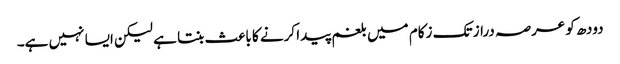
دودھ کو عرصہ دراز تک زکام میں بلغم پیدا کرنے کا باعث بنتا ہے لیکن ایسا نہیں ہے۔